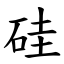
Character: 硅